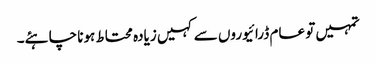
تمہیں تو عام ڈرائیوروں سے کہیں زیادہ محتاط ہونا چاہئے۔